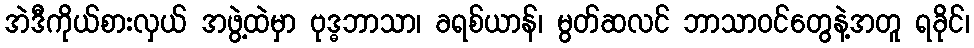
အဲဒီကိုယ်စားလှယ် အဖွဲ့ထဲမှာ ဗုဒ္ဓဘာသာ၊ ခရစ်ယာန်၊ မွတ်ဆလင် ဘာသာဝင်တွေနဲ့အတူ ရခိုင်၊